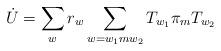
LaTeX: \begin{align*}\dot{U} = \sum_{w} r_{w} \sum_{w=w_{1}mw_{2}} T_{w_{1}} \pi_{m} T_{w_{2}}\end{align*}